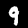
Digit: 9